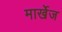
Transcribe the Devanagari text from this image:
मार्खेज